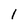
Character: I